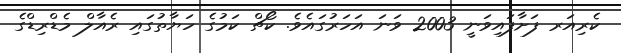
ކެރިއަރ ފަށާފައިވަނީ 2003 ވަނަ އަހަރުގައެވެ. ކޯޗް ކަމުގެ ހަޔާތުގައި ރެއާލް މެޑްރިޑްގެ